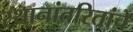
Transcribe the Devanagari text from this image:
स्थानांतरितांचे